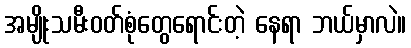
အမျိုးသမီးဝတ်စုံတွေရောင်းတဲ့ နေရာ ဘယ်မှာလဲ။